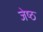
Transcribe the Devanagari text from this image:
जेष्‍ठ